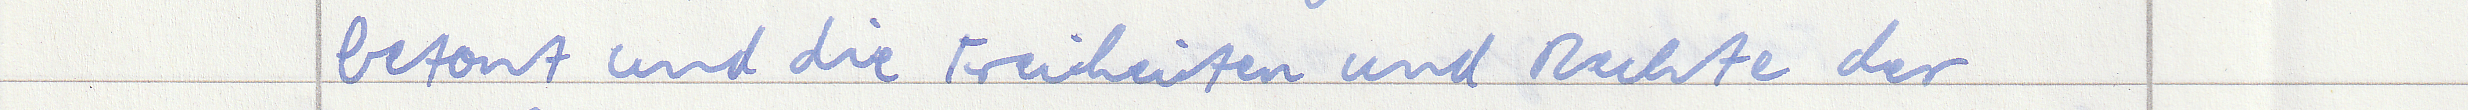
betont und die Freiheiten und Rechte der